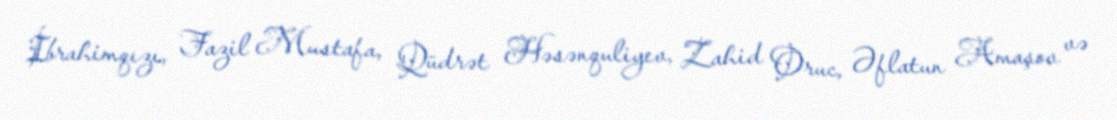
İbrahimqızı, Fazil Mustafa, Qüdrət Həsənquliyev, Zahid Oruc, Əflatun Amaşov və